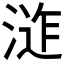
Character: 𭱕